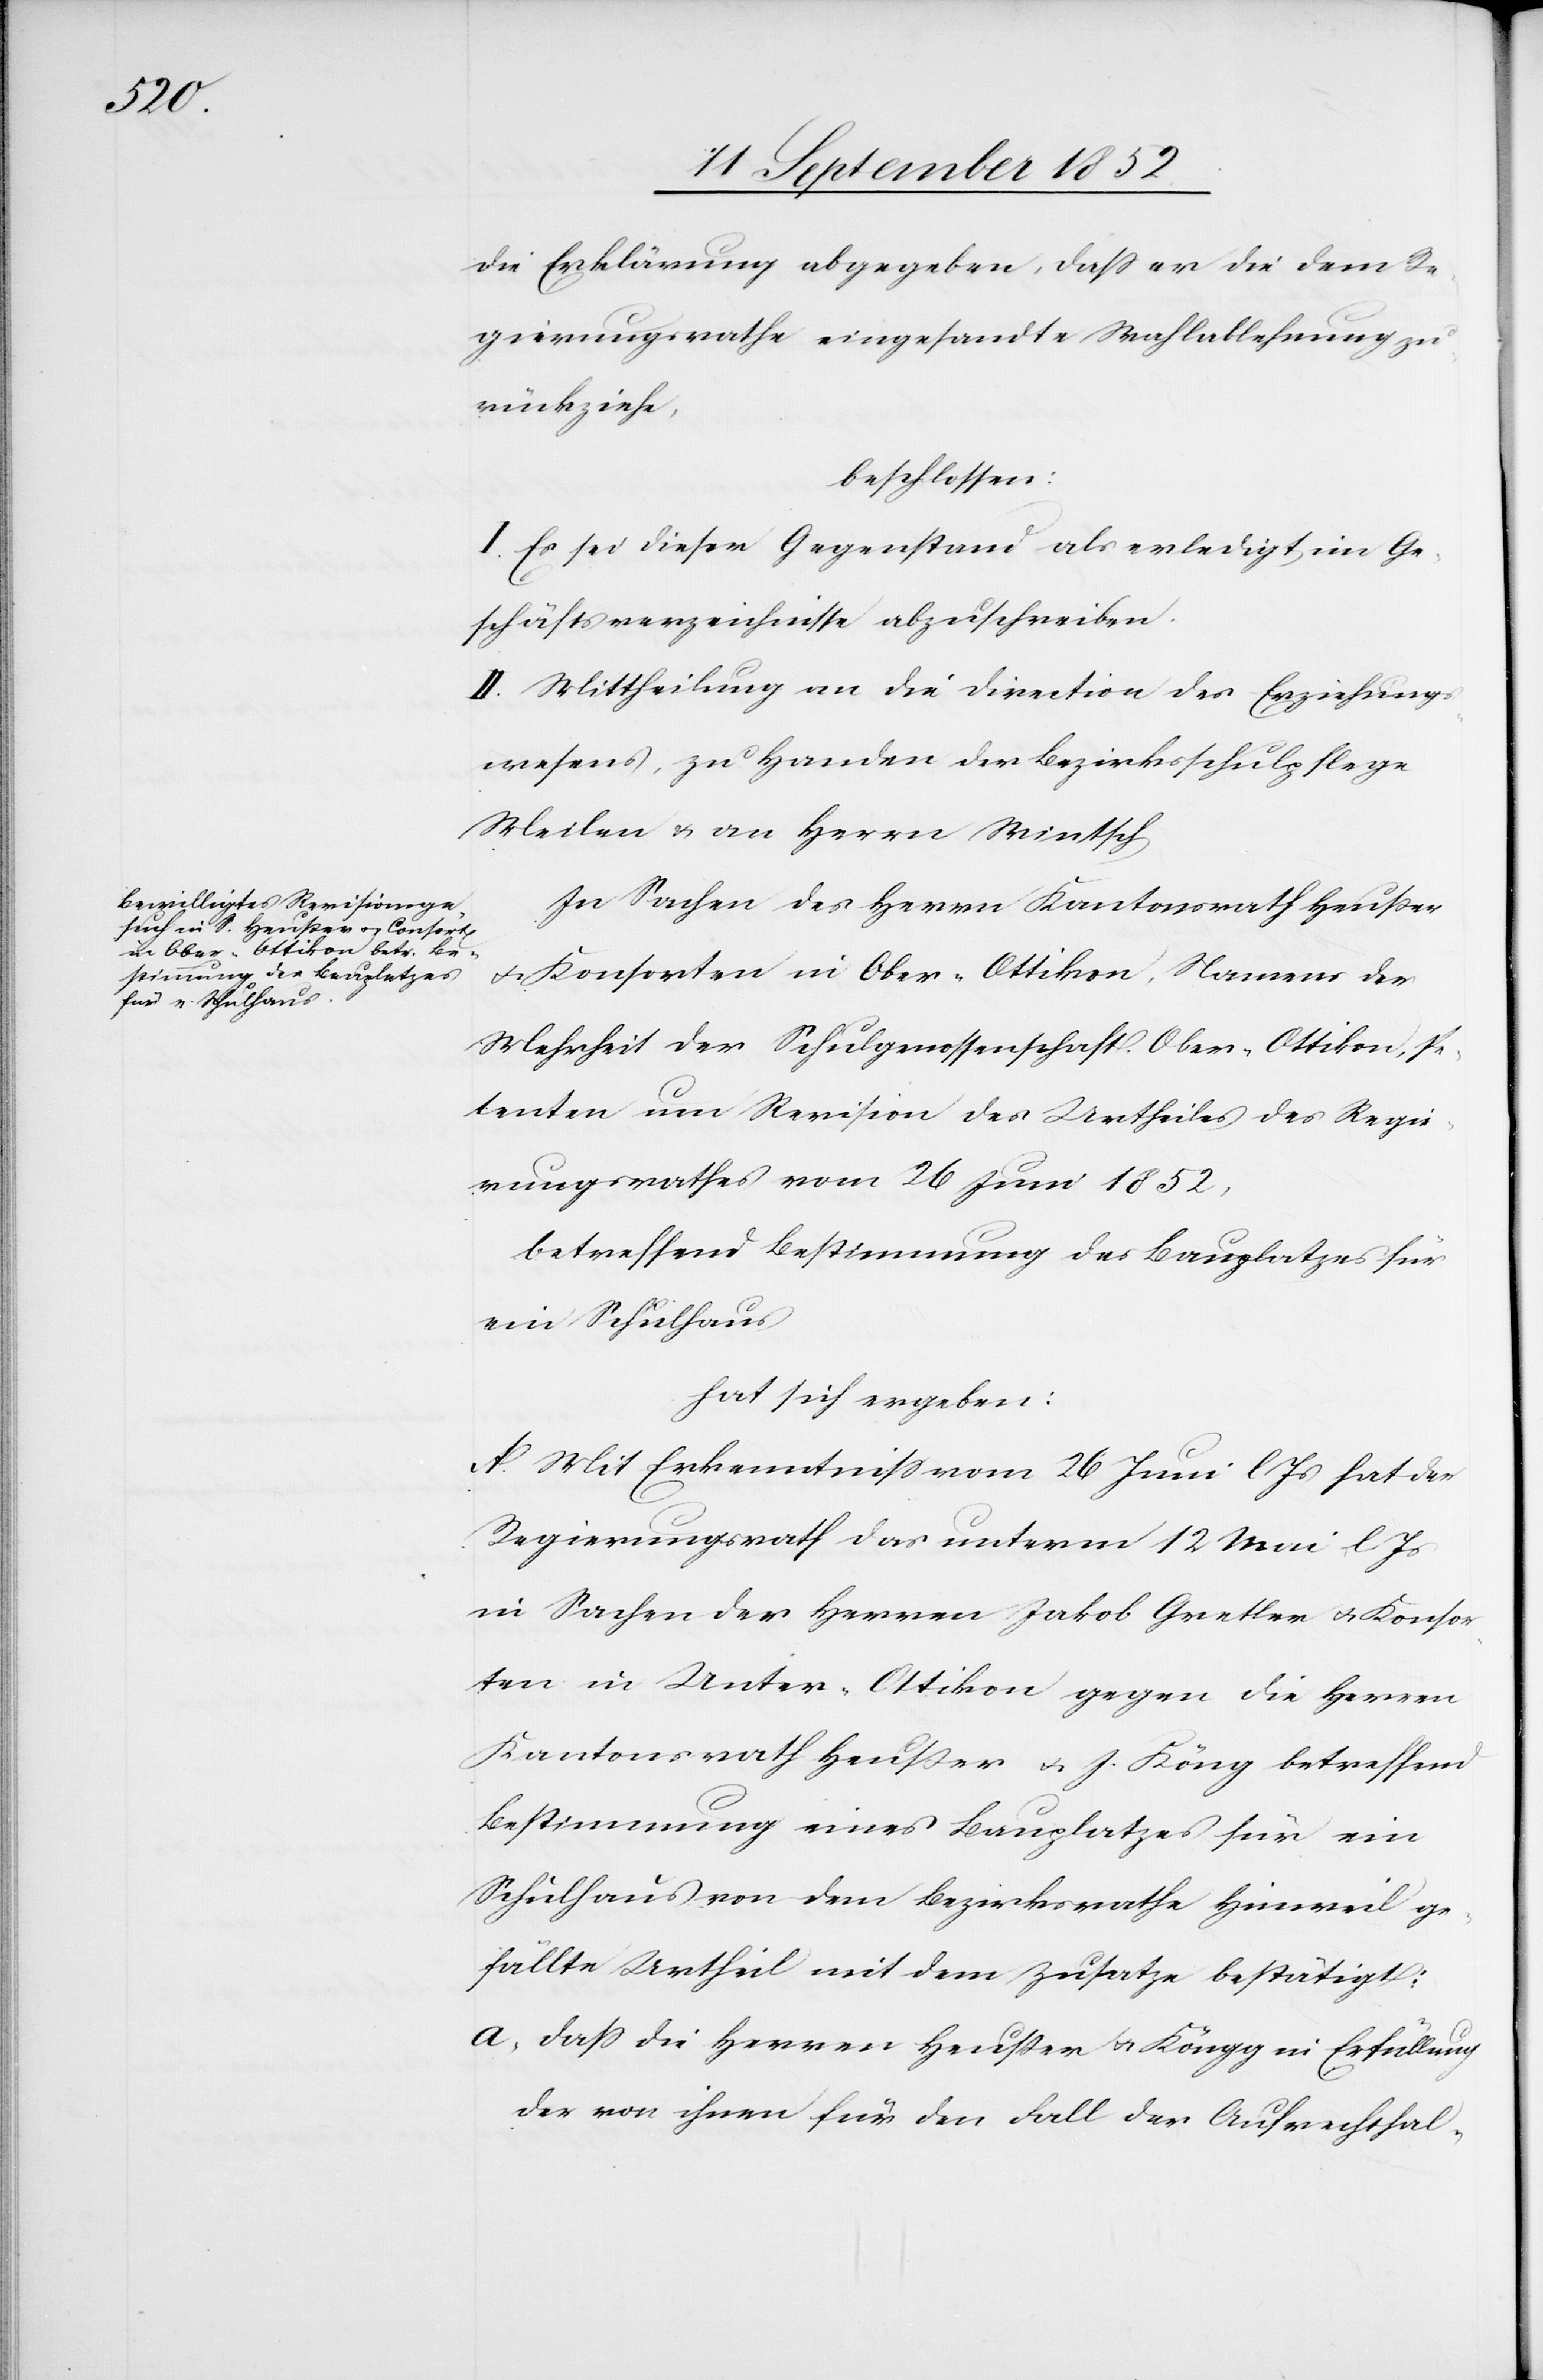
die Erklärung abgegeben, dass er die dem Re¬
gierungsrathe eingesandte Wahlablehnung zu¬
rückziehe,
beschlossen:
I. Es sei dieser Gegenstand als erledigt im Ge¬
schäftsverzeichnisse abzuschreiben.
II. Mittheilung an die Direction des Erziehungs¬
wesens, zu Handen der Bezirksschulpflege
Meilen & an Herrn Wintsch[.]
In Sachen des Herrn Kantonsrath Heußer
& Konsorten in Ober-Ottikon, Namens der
Mehrheit der Schulgenossenschaft Ober-Ottikon, Pe¬
tenten um Revision des Urtheiles des Regie¬
rungsrathes vom 26 Juni 1852,
betreffend Bestimmung des Bauplatzes für
ein Schulhaus
hat sich ergeben:
A. Mit Erkenntniss vom 26 Juni l Js hat der
Regierungsrath das unterm 12 Mai l. Js
in Sachen der Herren Jakob Gretler & Konsor¬
ten in Unter-Ottikon gegen die Herren
Kantonsrath Heußer & J. Köng betreffend
Bestimmung eines Bauplatzes für ein
Schulhaus von dem Bezirksrathe Hinweil ge¬
fällte Urtheil mit dem Zusatze bestätigt:
dass die Herren Heußer & Köngg [sic!] in Erfüllung
der von ihnen für den Fall der Aufrechthal-